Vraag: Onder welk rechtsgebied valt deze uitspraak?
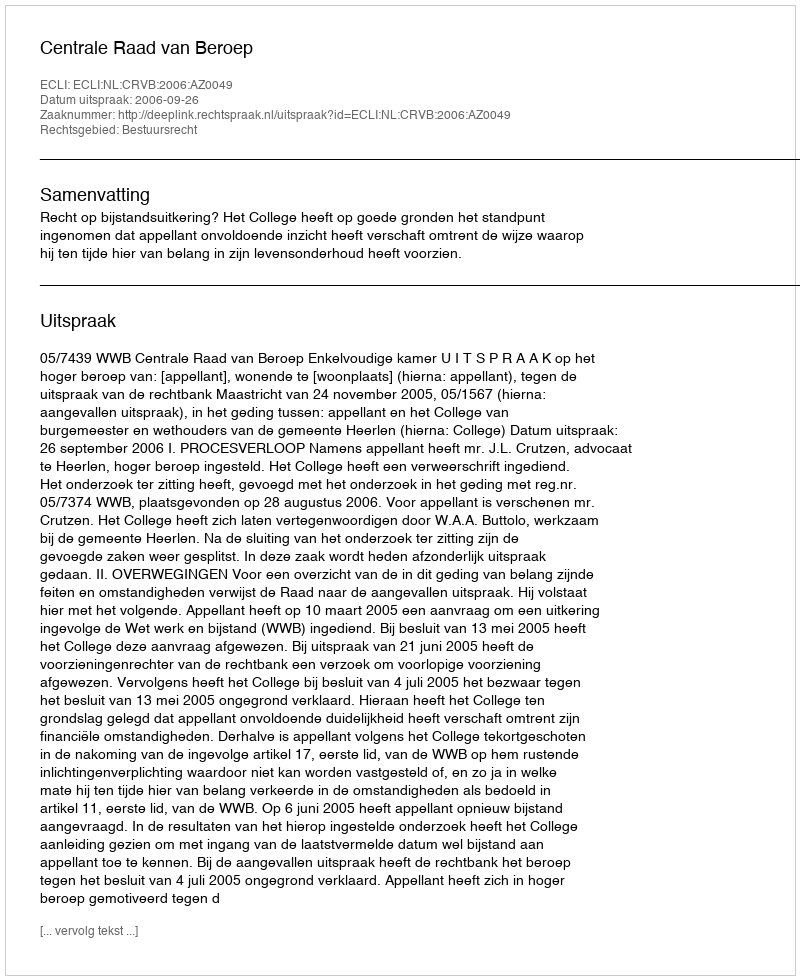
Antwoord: Bestuursrecht